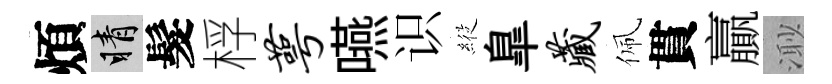
煩睛髮桴萼嚥识𦂵臯藏佩貫贏𣺌